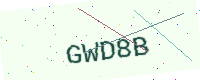
Text: GWD8B